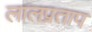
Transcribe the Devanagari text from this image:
लालप्रताप